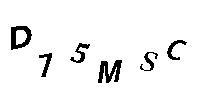
D75MSC